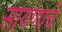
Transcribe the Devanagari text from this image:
सायणाचे